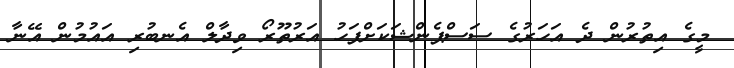
މީގެ އިތުރުން ދެ އަހަރުގެ ސަސްޕެންޝަކަށްފަހު އަރުތޫރޯ ވިދާލް އެނބުރި އައުމުން އޭނާ